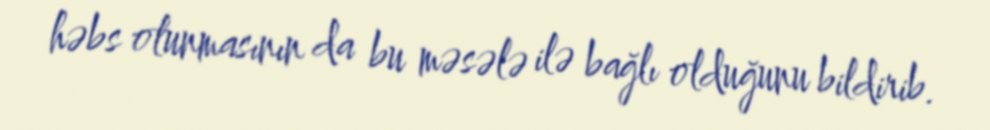
həbs olunmasının da bu məsələ ilə bağlı olduğunu bildirib.